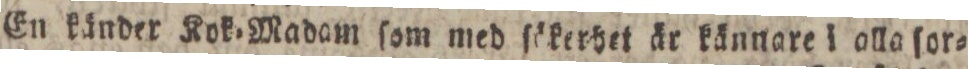
En känder Kok=Madam ſom med ſökerbet är kännare i alla ſor=